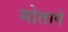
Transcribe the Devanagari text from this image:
मोतापे